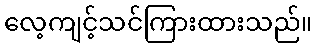
လေ့ကျင့်သင်ကြားထားသည်။